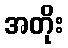
အတိုး